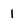
Character: 1